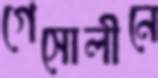
গেসোলীনে